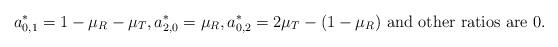
LaTeX: \begin{align*}&a^*_{0,1}=1-\mu_R-\mu_T,a^*_{2,0}=\mu_R,a^*_{0,2}=2\mu_T-(1-\mu_R)\textrm{ and other ratios are 0}.\end{align*}